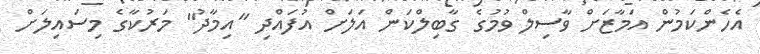
އެހެންކަމުން އަމާޒަށް ވާސިލް ވުމުގެ ގާބިލްކަން އަލަށް އުފައްދި "އިމާދު" މަރުކާގެ މިސައިލަށް